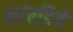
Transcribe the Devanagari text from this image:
कांवडिये